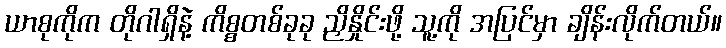
ယာစုကိုက တိုဂါရှိနဲ့ ကိစ္စတစ်ခုခု ညှိနှိုင်းဖို့ သူ့ကို အပြင်မှာ ချိန်းလိုက်တယ်။